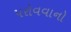
પરોવવાનો